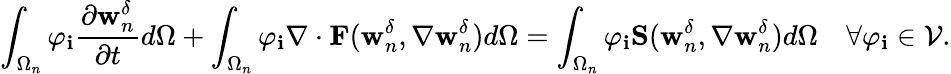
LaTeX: \int_{\Omega_{n}}\varphi_{\mathbf{i}}\frac{{\partial{\textbf{{w}}_{n}^{\delta}}}}{{\partial{t}}}d\Omega+\int_{\Omega_{n}}\varphi_{\mathbf{i}}\nabla\cdot\textbf{{F}}(\textbf{{w}}_{n}^{\delta},\nabla\textbf{{w}}_{n}^{\delta})d\Omega=\int_{\Omega_{n}}\varphi_{\mathbf{i}}\textbf{{S}}(\textbf{{w}}_{n}^{\delta},\nabla\textbf{{w}}_{n}^{\delta})d\Omega\quad\forall\varphi_{\mathbf{i}}\in\mathcal{{V}}.